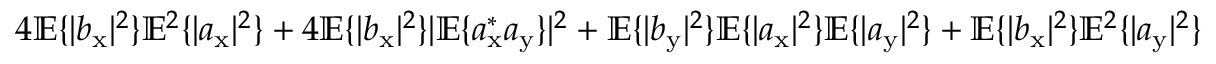
4 \mathbb { E } \{ | b _ { \mathrm { x } } | ^ { 2 } \} \mathbb { E } ^ { 2 } \{ | a _ { \mathrm { x } } | ^ { 2 } \} + 4 \mathbb { E } \{ | b _ { \mathrm { x } } | ^ { 2 } \} | \mathbb { E } \{ a _ { \mathrm { x } } ^ { \ast } a _ { \mathrm { y } } \} | ^ { 2 } + \mathbb { E } \{ | b _ { \mathrm { y } } | ^ { 2 } \} \mathbb { E } \{ | a _ { \mathrm { x } } | ^ { 2 } \} \mathbb { E } \{ | a _ { \mathrm { y } } | ^ { 2 } \} + \mathbb { E } \{ | b _ { \mathrm { x } } | ^ { 2 } \} \mathbb { E } ^ { 2 } \{ | a _ { \mathrm { y } } | ^ { 2 } \}